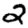
Digit: 2